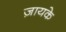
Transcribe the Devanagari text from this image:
ज़ायके